Vaccine operations Central Provinces 1886-1899 - 1886-1899
Year: 1886
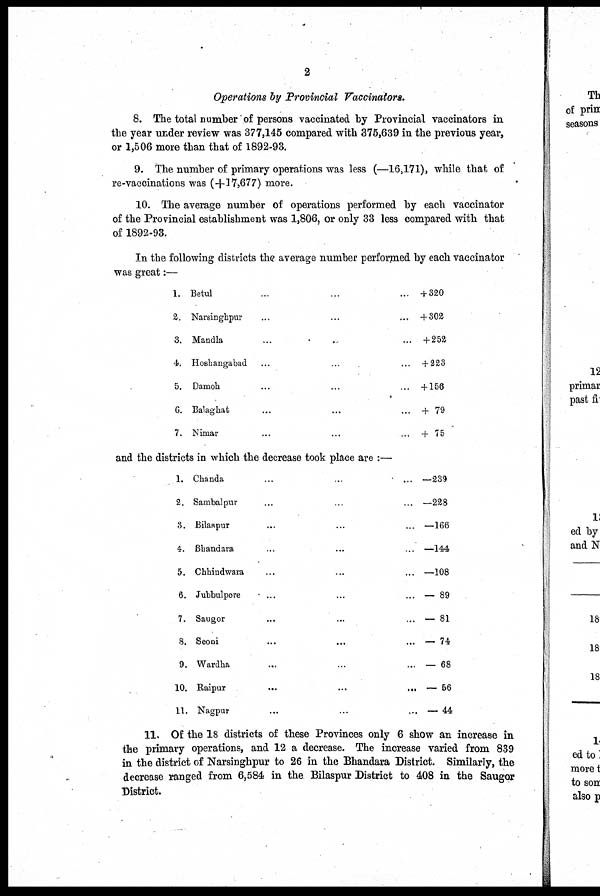
2
Operations by Provincial Vaccinators.
8. The total number of persons vaccinated by Provincial vaccinators in
the year under review was 377,145 compared with 375,639 in the previous year,
or 1,506 more than that of 1892-93.
9. The number of primary operations was less (—16,171), while that of
re-vaccinations was (+17,677) more.
10. The average number of operations performed by each vaccinator
of the Provincial establishment was 1,806, or only 33 less compared with that
of 1892-93.
In the following districts the average number performed by each vaccinator
was great:—
1.
2.
3.
4.
5.
6.
7.
Betul ... ... ...
Narsinghpur ... ... ...
Mandla ... ... ...
Hoshangabad ... ... ...
Damoh ... ... ...
Balaghat ... ... ...
Nimar ... ... ...
+ 320
+ 302
+ 252
+ 223
+ 156
+ 79
+ 75
and the districts in which the decrease took place are :—
1.
2.
3.
4.
5.
6.
7.
8.
9.
10.
11.
Chanda ... ... ...
Sambalpur ... ... ...
Bilaspur ... ... ...
Bhandara ... ... ...
Chhindwara ... ... ...
Jubbulpore ... ... ...
Saugor ... ... ...
Seoni ... ... ...
Wardha ... ... ...
Raipur
...
...
...
Nagpur ... ... ...
—239
—228
—166
—144
—108
— 89
— 81
— 74
— 68
— 56
— 44
11. Of the 18 districts of these Provinces only 6 show an increase in
the primary operations, and 12 a decrease. The increase varied from 839
in the district of Narsinghpur to 26 in the Bhandara District. Similarly, the
decrease ranged from 6,584 in the Bilaspur District to 408 in the Saugor
District.